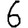
Digit: 6